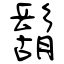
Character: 鬍